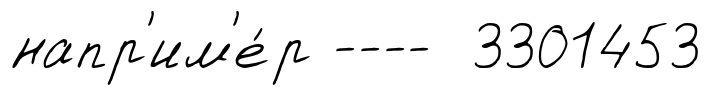
напр'им'е́р ---- 3301453